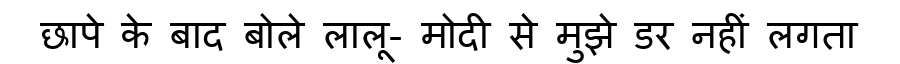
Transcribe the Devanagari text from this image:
छापे के बाद बोले लालू- मोदी से मुझे डर नहीं लगता